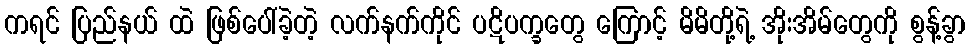
ကရင် ပြည်နယ် ထဲ ဖြစ်ပေါ်ခဲ့တဲ့ လက်နက်ကိုင် ပဋိပက္ခတွေ ကြောင့် မိမိတို့ရဲ့ အိုးအိမ်တွေကို စွန့်ခွာ